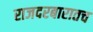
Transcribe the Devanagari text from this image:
राजदरबारातच